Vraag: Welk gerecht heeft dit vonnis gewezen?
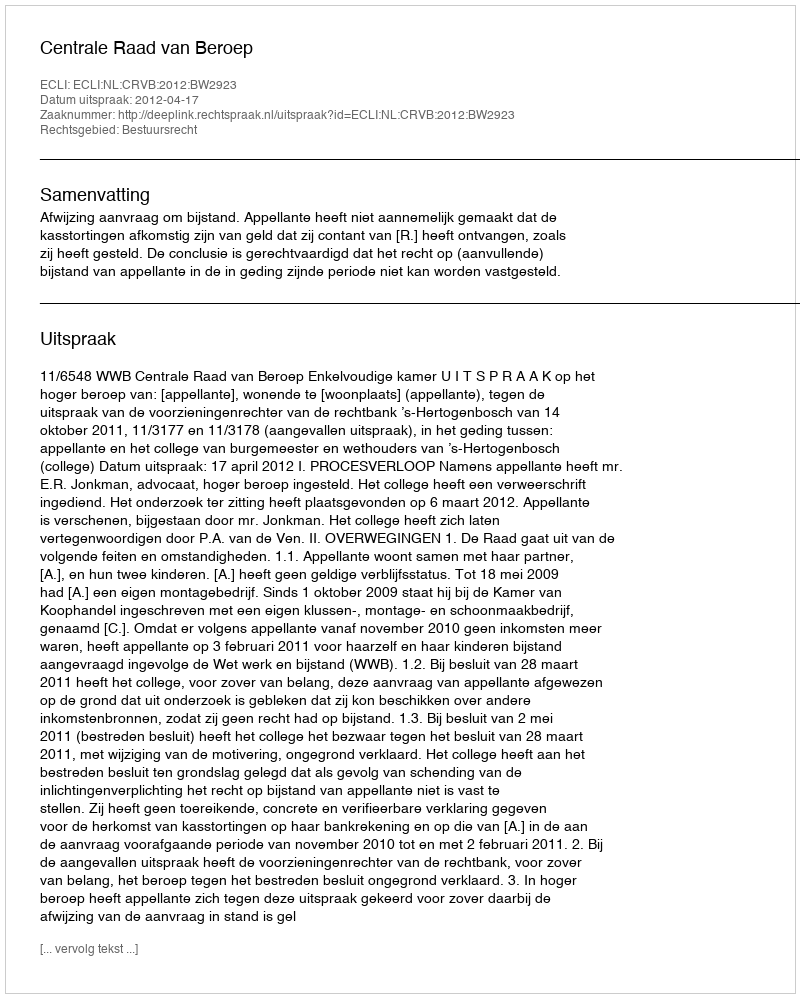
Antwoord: Centrale Raad van Beroep